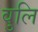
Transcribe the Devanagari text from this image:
वुलि